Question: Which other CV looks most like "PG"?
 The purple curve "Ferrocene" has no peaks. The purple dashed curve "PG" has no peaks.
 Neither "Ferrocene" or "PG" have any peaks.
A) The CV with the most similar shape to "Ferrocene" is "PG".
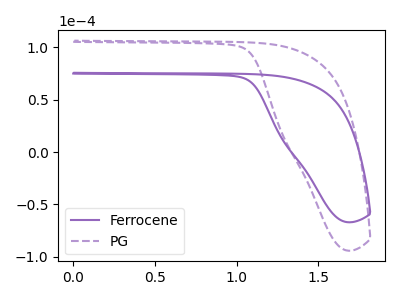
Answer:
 <answer>A) The CV with the most similar shape to "Ferrocene" is "PG".</answer>
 <eval>A</eval>